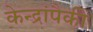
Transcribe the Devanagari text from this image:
केन्द्रांपैकी